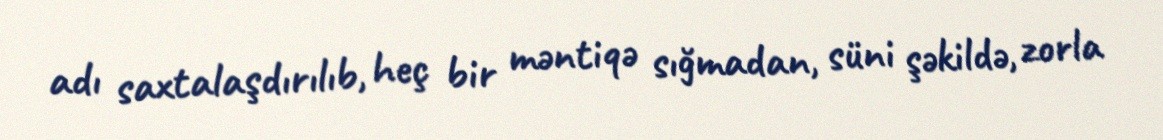
adı saxtalaşdırılıb, heç bir məntiqə sığmadan, süni şəkildə, zorla